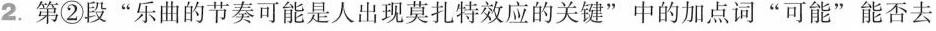
2.第②段“乐曲的节奏可能是人出现莫扎特效应的关键”中的加点词“可能”能否去